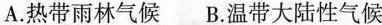
A.热带雨林气候 B.温带大陆性气候